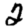
Digit: 2